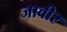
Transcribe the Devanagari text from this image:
जावीर